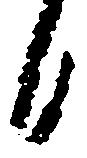
日